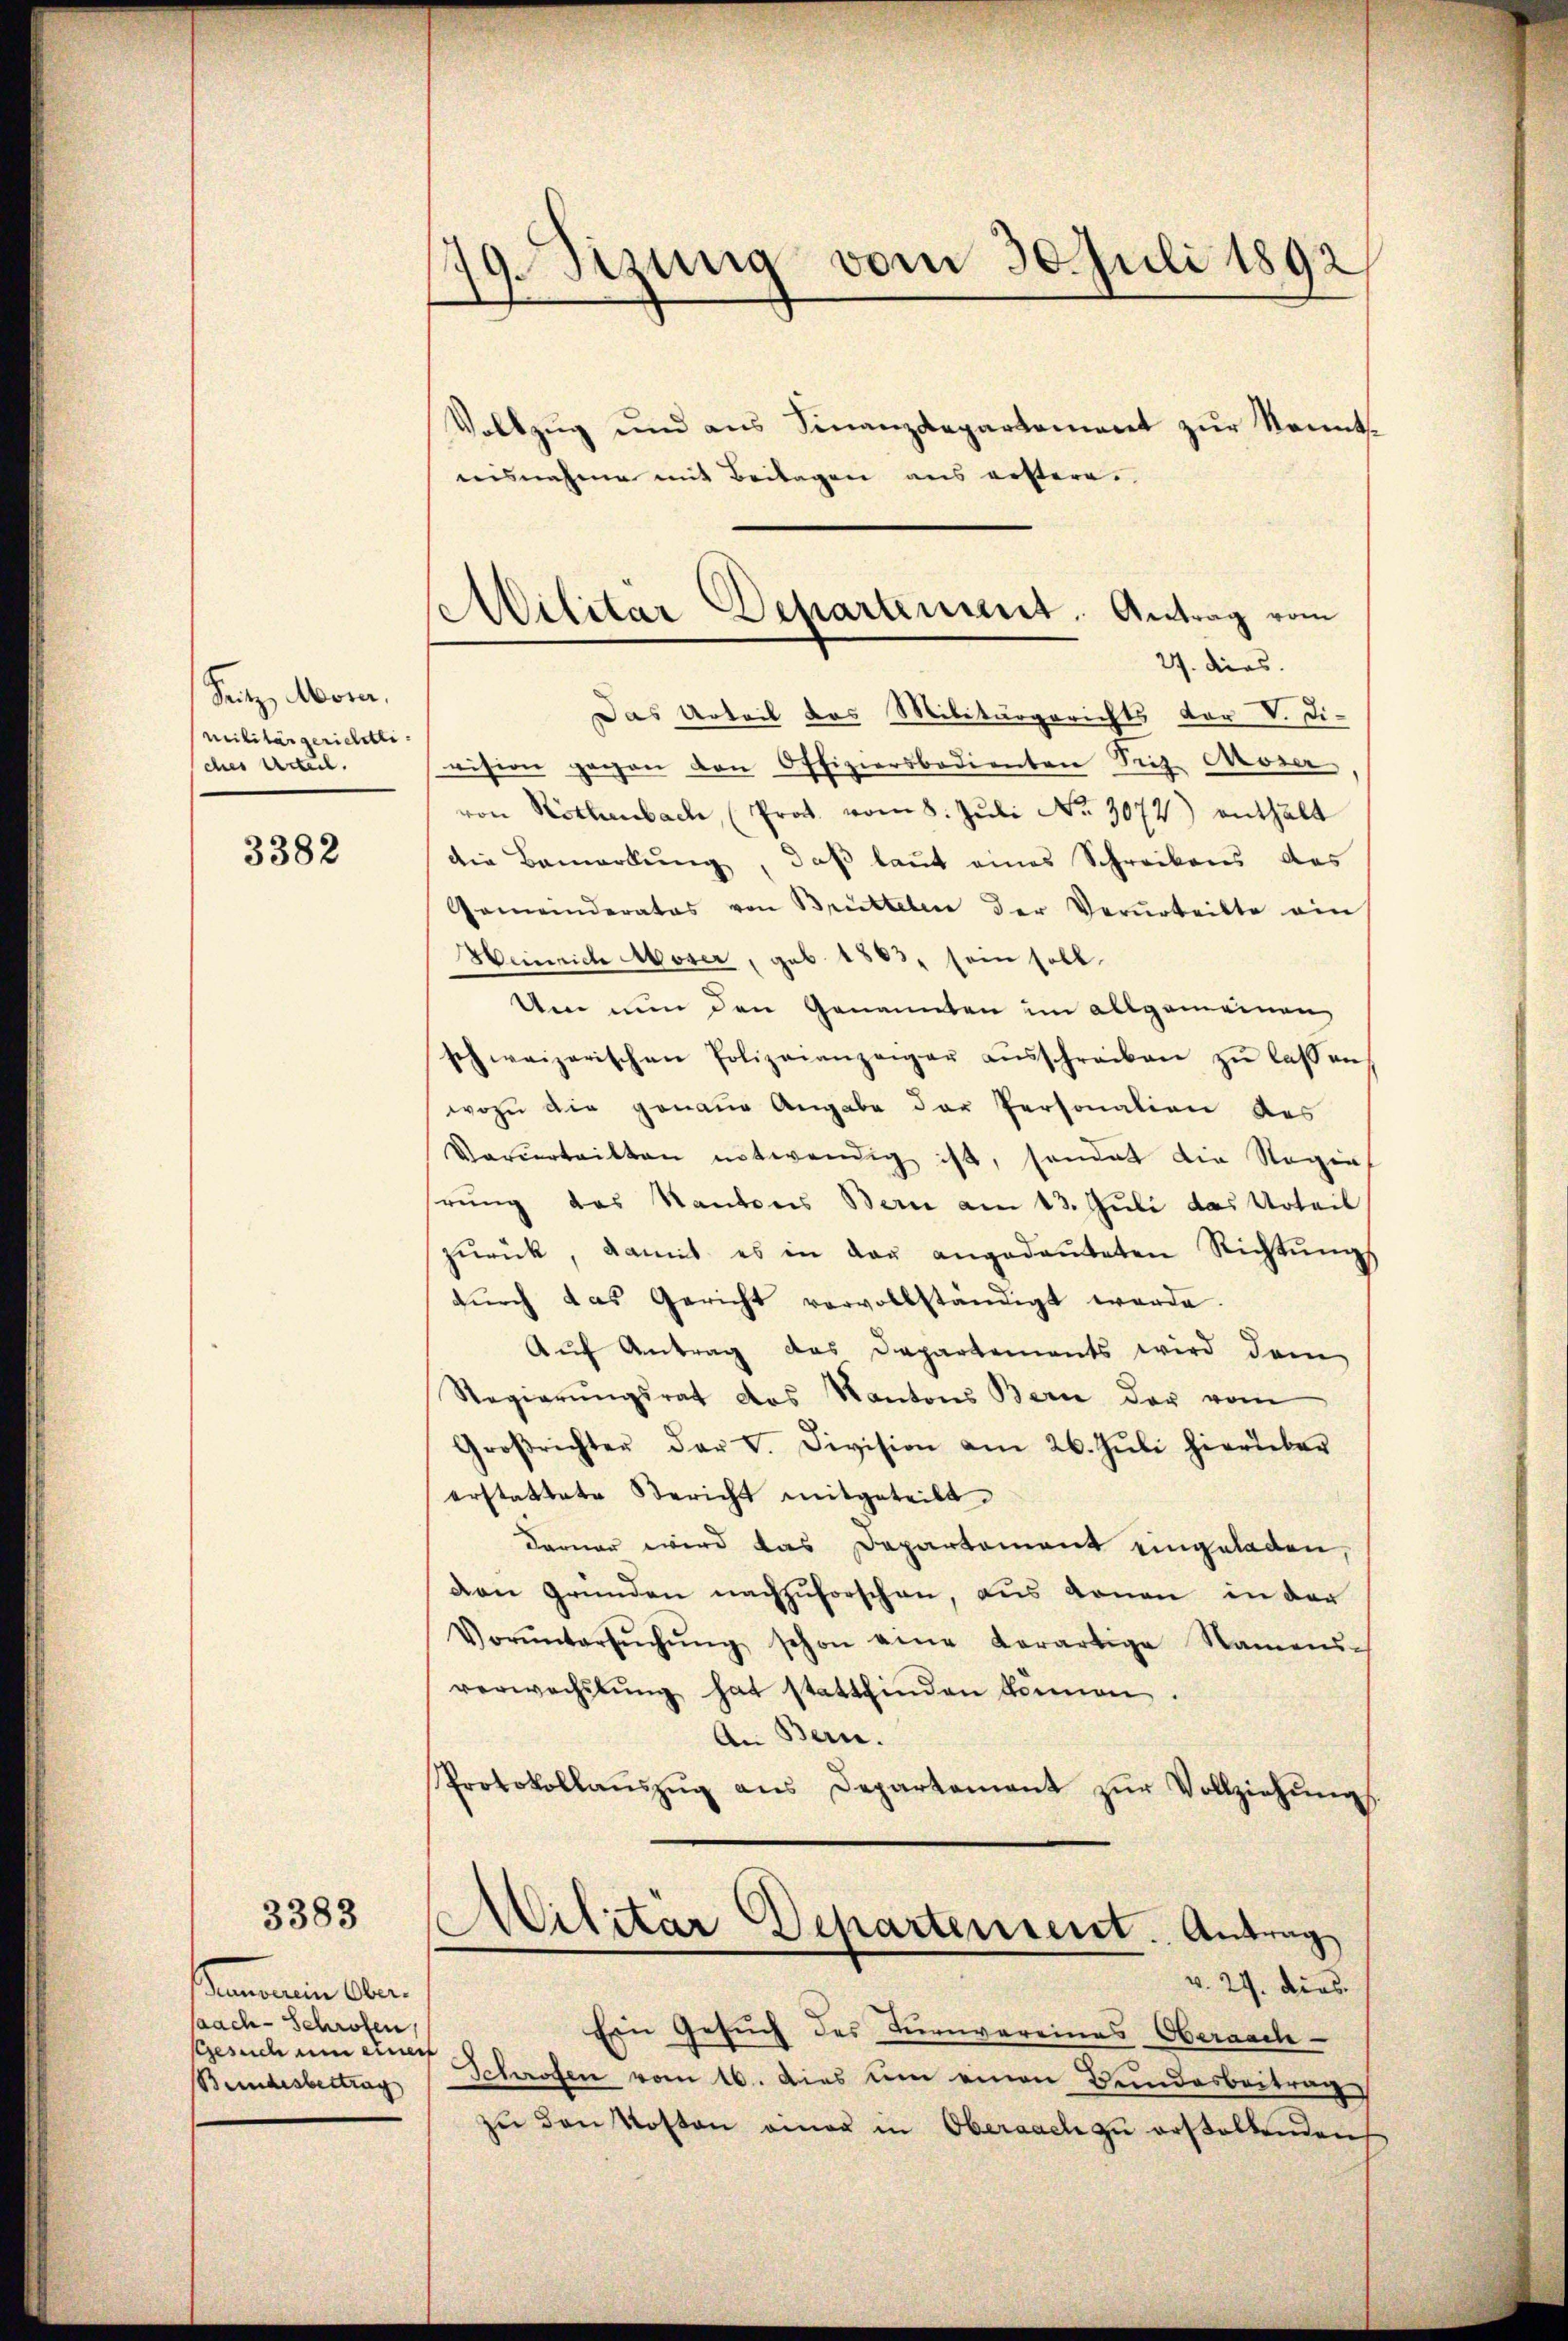
Sutz, Mon.
militärgerichtli
ches Urteil.

3382

3383

kammenen An
aach - Schröfen,
Gesuch um einer
Beindesbertrag

19. Sizung vom 30. Juli 1892
Vollzug und aus Finanzdepartement zur Kennt

ausnahme mit Beitagen aus erstere.

se Militar Departement. Antrag vom
27. dies

Das Urteil das Militärgerichts vor V. Di-
vision gegen den Offiziersbedienten Friz Moser,
von Rothenbach, (Prot. vom 8. Jŭli No. 3072) enthält
die Bemerkung, daß laut eines Schreibens des
Gemeinderates von Brüttelen der Verurteilte ein
Heinrich Moser, geb. 1883, sein soll.
Um nun den Genannten im allgemeinen
schweizerischen Polizeianzeiger aŭsschreiben zŭ lassen
wozu die genaue Angabe der Personation des
Vorŭrtritten entwendig ist, sondet die Regie
rung des Kantons Bern am 13. Juli das Urteil
zŭrück, damit es in der angedeuteten Richtŭngs
dŭrch das Gericht vervollständigt werde.
Auf Antrag das Departements wird dem
Regierŭngsrat das Kantons Bern der vom
Groβrichter der V. Division am 26. Jŭli hierüber
erstattete Bericht mitgeteilt.
Daruar wird das Departement eingeladen,
den Gründen nachzuforschen, aus donan in der
Vorŭntersŭchŭng schon eine derartige Namens-
verwachslung hat stattfinden können.
An Bern.
Protokollaŭszŭg ans Departement zŭr Vollziehŭng
Militär Departensent. Antrag
v. 29. dies
Ein Gesuch des Turnvereines Oberaacle-
Schroffen vom 16. dies um einen Bundesbeitrag
zŭ den Kosten amer in Oberaach zu erstellenden